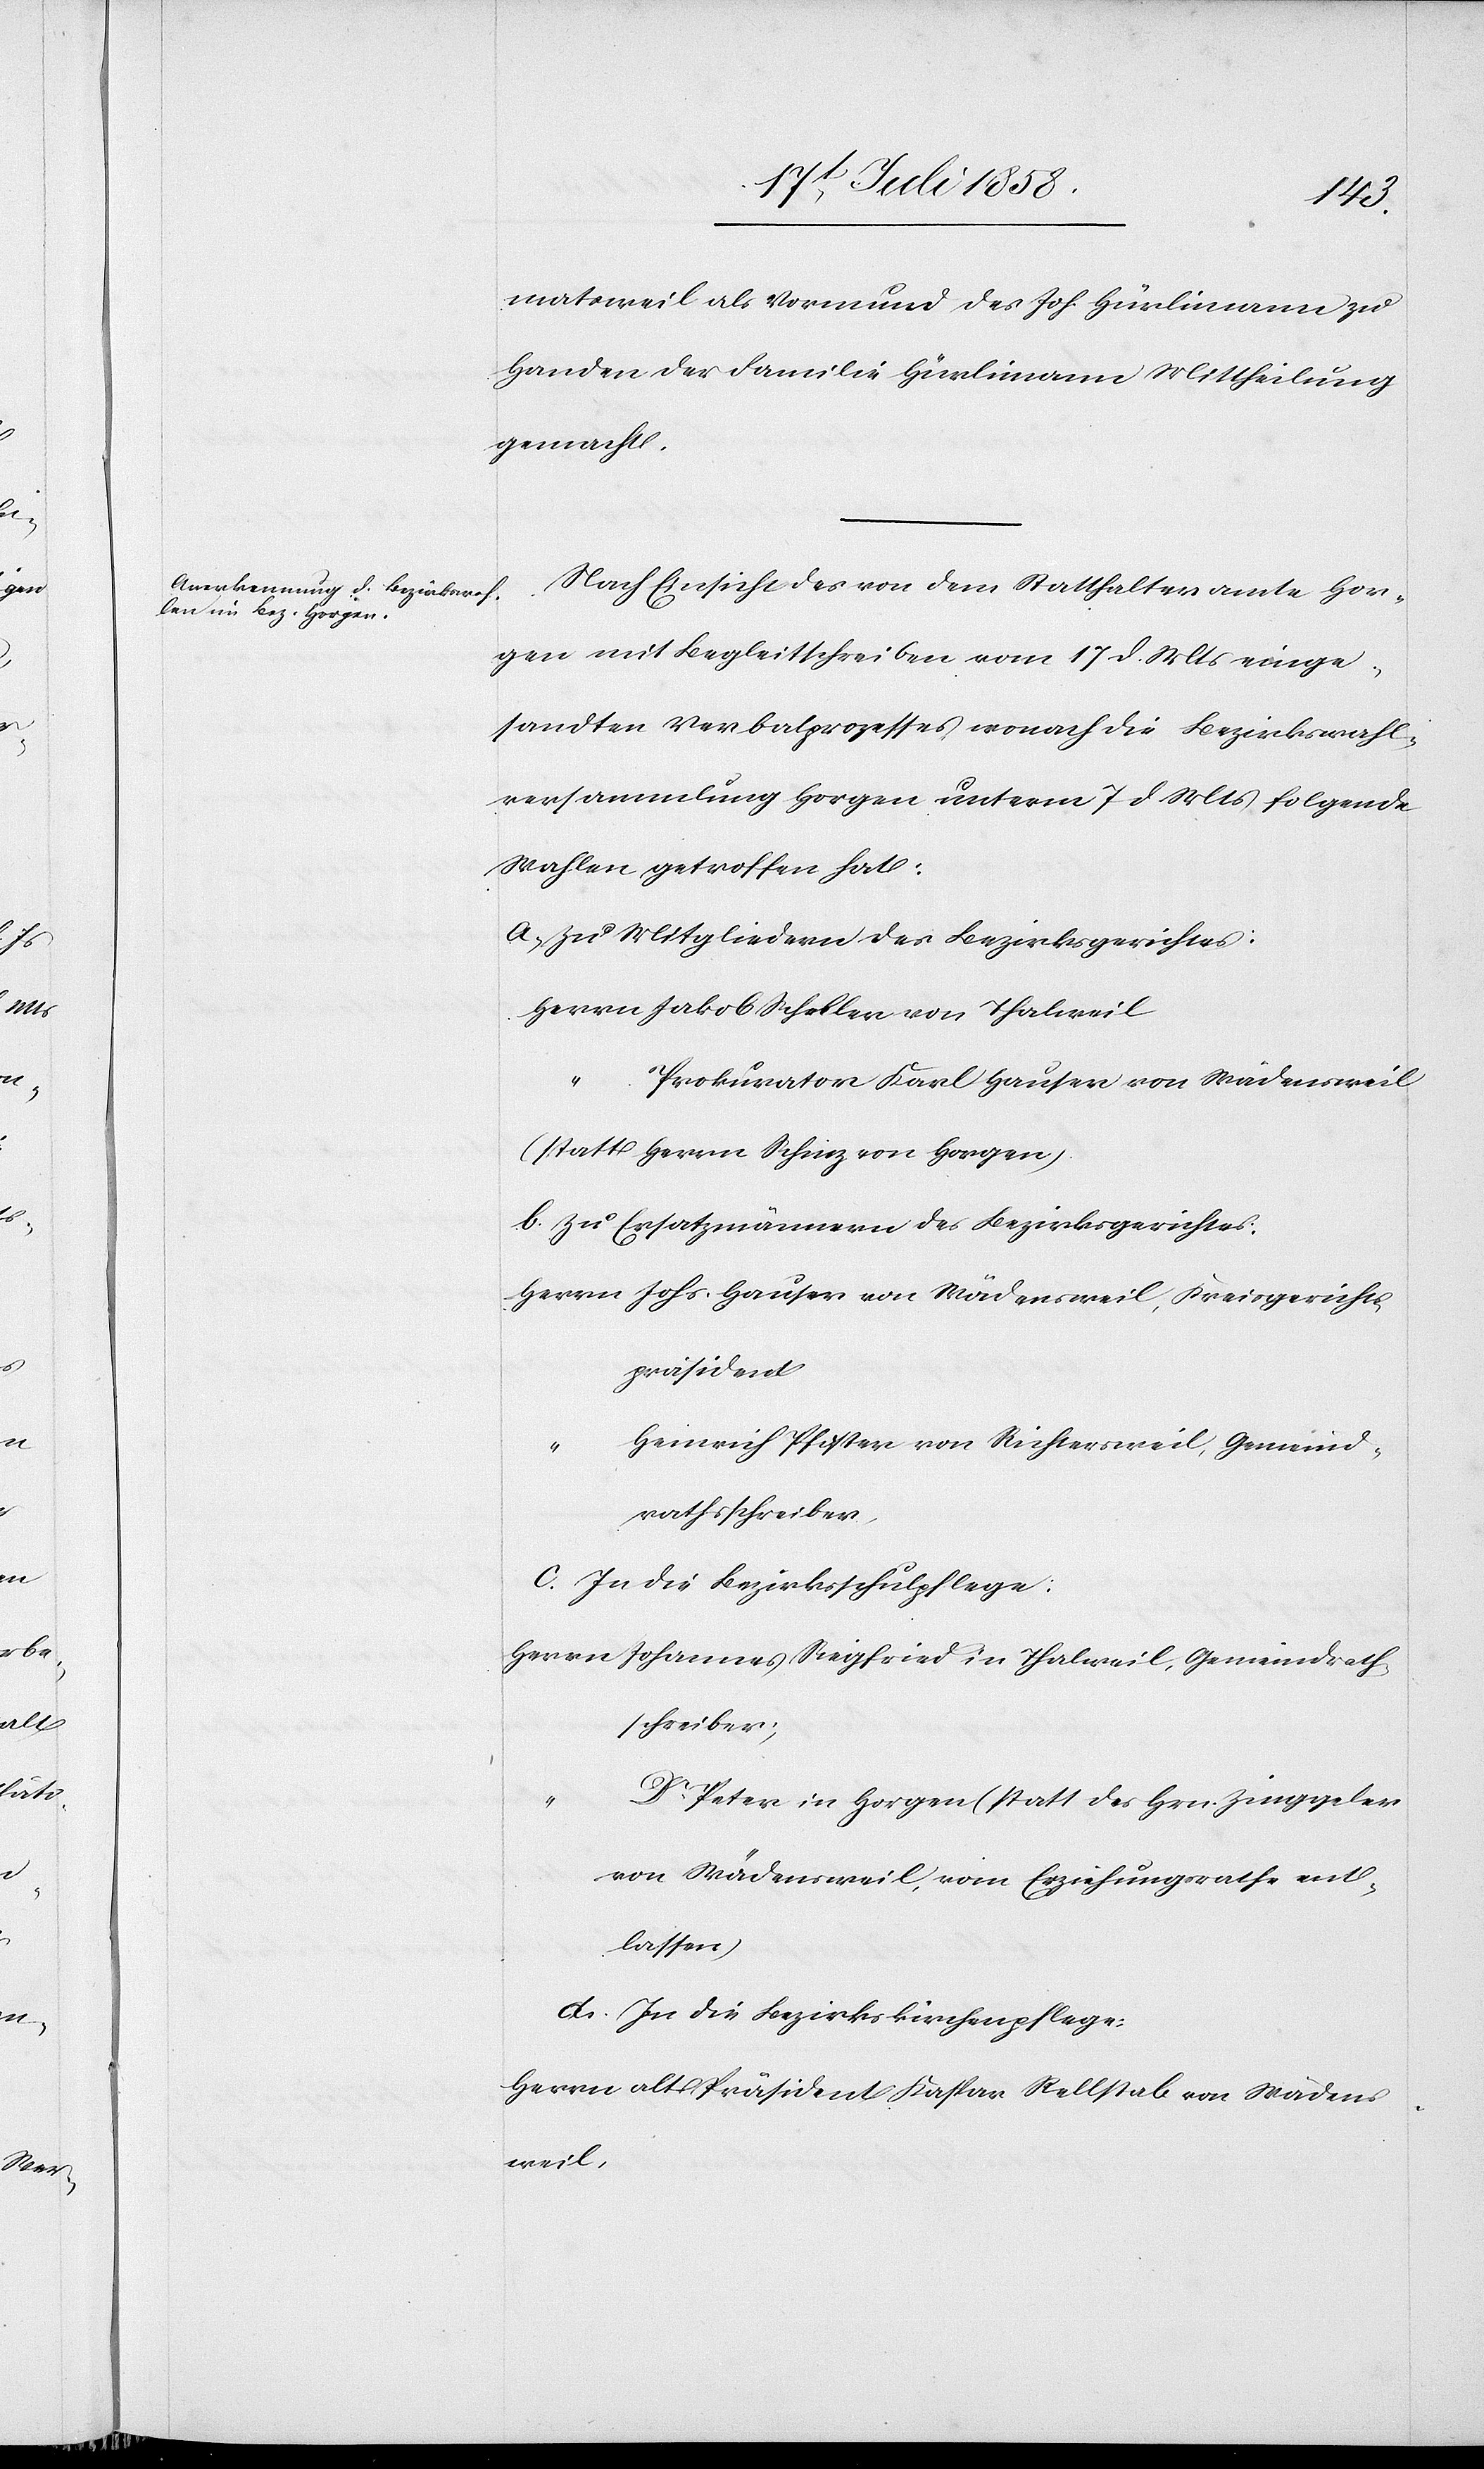
19t Juli 1858.]
matsweil als Vormund des Joh. Hürlimann zu
Handen der Familie Hürlimann Mittheilung
gemacht.
Nach Einsicht des von dem Statthalteramte Hor¬
gen mit Begleitschreiben vom 17 d. Mts einge¬
sandten Verbalprozesses wonach die Bezirkswahl¬
versammlung Horgen unterm 7 d. Mts folgende
Wahlen getroffen hat:
a. Zu Mitgliedern des Bezirksgerichtes:
Herrn Jakob Scheller von Thalweil
ent¬
Prokurator Karl Hauser von Wädensweil
(statt Herrn Schinz von Horgen).
b. Zu Ersatzmännern des Bezirksgerichtes:
Herrn Johs. Hauser von Wädensweil, Kreisgerichts¬
präsident
Heinrich Pfister von Richtersweil, Gemeind¬
rathsschreiber,
c. In die Bezirksschulpflege:
Herrn Johannes Siegfried in Thalweil, Gemeindrath¬
schreiber;
Dr. Peter in Horgen (statt des Hrn. Zinggeler
von Wädensweil, vom Erziehungsrathe
lassen)
d. In die Bezirkskirchenpflege:
Herrn alt Präsident Kaspar Rellstab von Wädens¬
weil,